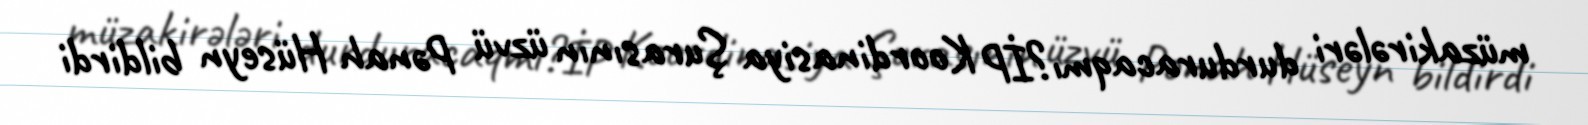
müzakirələri durduracaqmı?İP Koordinasiya Şurasının üzvü Pənah Hüseyn bildirdi